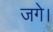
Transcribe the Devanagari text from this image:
जगे।